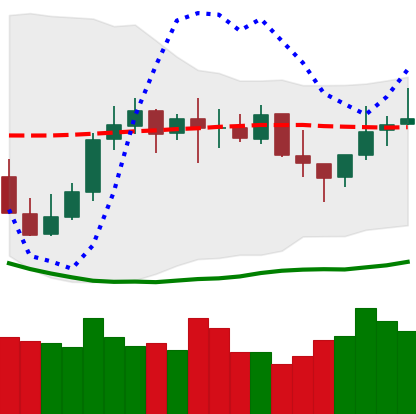
Ticker: LINK-USD
Chart end date: 2021-10-16
Forward return: 3.819%
Label: up_3_5